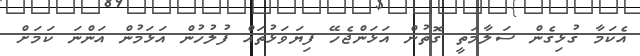
އެކަމާ ގުޅިގެން ސަލާމަތީ ގޮޮތުން އަޅަންޖެހޭ ފިޔަަވަޅުތައް ފުލުހުން އަޅަމުން އަންނަ ކަމަށް